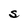
Character: S